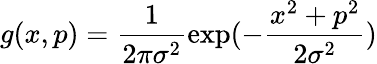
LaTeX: g(x,p)=\frac{1}{2\pi\sigma^{2}}\exp(-\frac{x^{2}+p^{2}}{2\sigma^{2}})